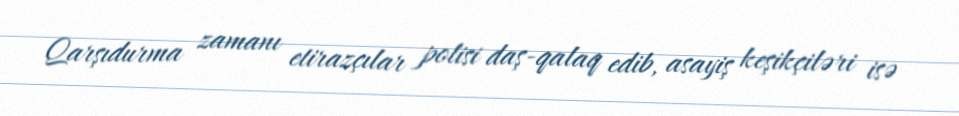
Qarşıdurma zamanı etirazçılar polisi daş-qalaq edib, asayiş keşikçiləri isə